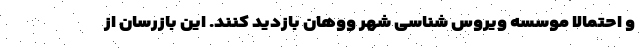
و احتمالا موسسه ویروس شناسی شهر ووهان بازدید کنند. این بازرسان از